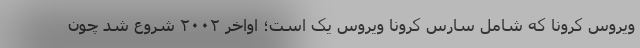
ویروس کرونا که شامل سارس کرونا ویروس یک است؛ اواخر ۲۰۰۲ شروع شد چون